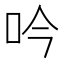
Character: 吟